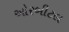
ઓરબીટલ